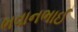
ભવાનભાઈ